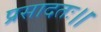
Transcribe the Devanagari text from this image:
प्रसादतः।।